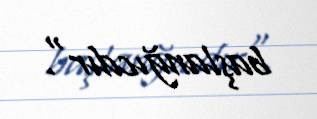
başlanğıcdır".